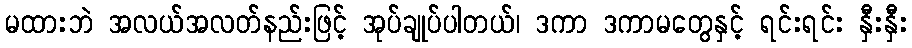
မထားဘဲ အလယ်အလတ်နည်းဖြင့် အုပ်ချုပ်ပါတယ်၊ ဒကာ ဒကာမတွေနှင့် ရင်းရင်း နှီးနှီး